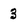
Character: 3